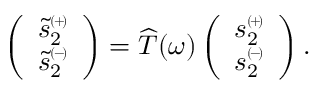
\left( \begin{array} { c } { \tilde { s } _ { 2 } ^ { \scriptscriptstyle ( \! + \! ) } } \\ { \tilde { s } _ { 2 } ^ { \scriptscriptstyle ( \! - \! ) } } \end{array} \right) = \widehat { T } ( \omega ) \left( \begin{array} { c } { { s } _ { 2 } ^ { \scriptscriptstyle ( \! + \! ) } } \\ { { s } _ { 2 } ^ { \scriptscriptstyle ( \! - \! ) } } \end{array} \right) .